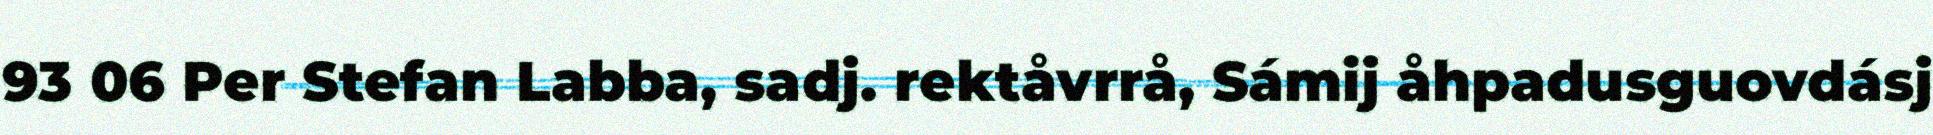
93 06 Per Stefan Labba, sadj. rektåvrrå, Sámij åhpadusguovdásj